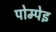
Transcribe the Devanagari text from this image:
पोम्पेइ